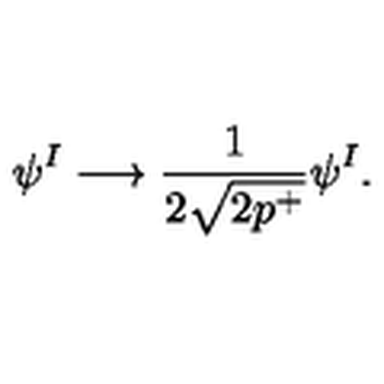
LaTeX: \psi ^ { I } \longrightarrow \frac { 1 } { 2 \sqrt { 2 p ^ { + } } } \psi ^ { I } .